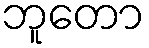
ဘူတော